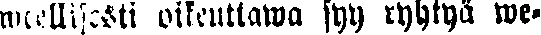
weellisesti oikeuttawa syy ryhtyä we-